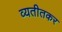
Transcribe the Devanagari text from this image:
व्यतीतकर